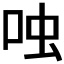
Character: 𫩮